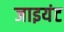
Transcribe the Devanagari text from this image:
जाइयंट